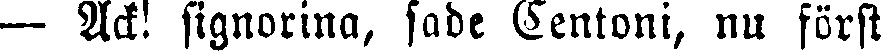
— Ack! signorina, sade Centoni, nu först